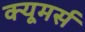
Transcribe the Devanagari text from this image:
क्यूमर्स